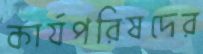
কার্যপরিষদের